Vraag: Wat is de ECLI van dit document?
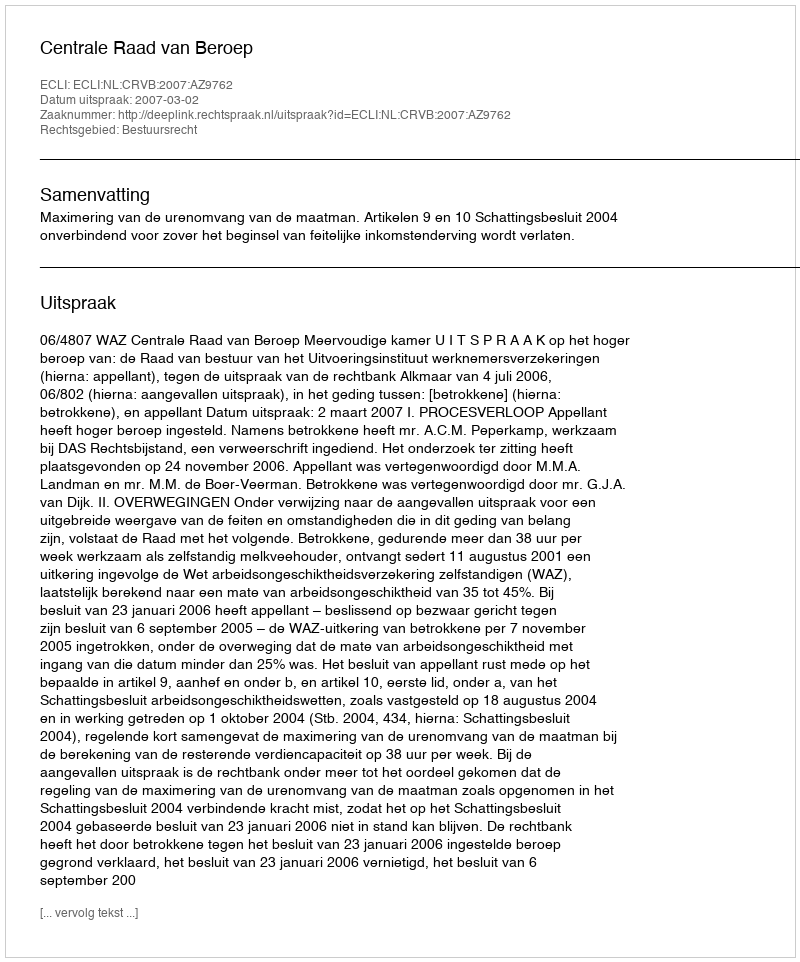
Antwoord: ECLI:NL:CRVB:2007:AZ9762